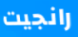
رانجيت